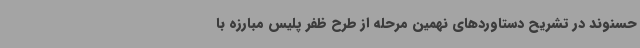
حسنوند در تشریح دستاوردهای نهمین مرحله از طرح ظفر پلیس مبارزه با